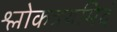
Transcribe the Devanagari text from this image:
श्लोकत्रयमिदं